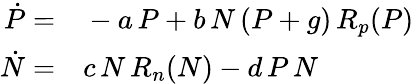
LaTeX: \begin{array}{rl}{\dot{P}=}&{{}-a\, P+b\, N\, (P+g)\, R_{p}(P)}\\ {\dot{N}=}&{{}c\, N\, R_{n}(N)-d\, P\, N}\end{array}